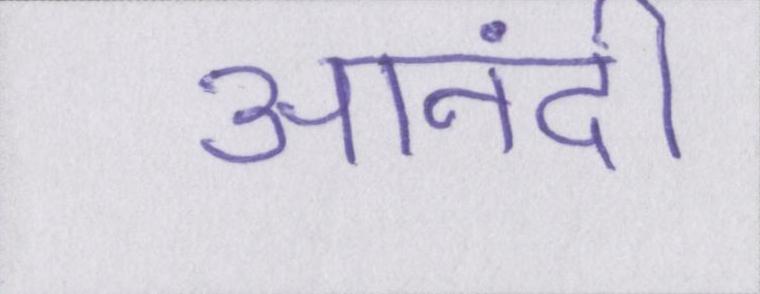
आनंदी